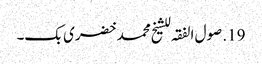
19. صول الفقہ للشیخ محمد خضری بک۔